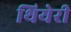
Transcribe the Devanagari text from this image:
थियेरी